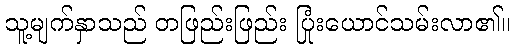
သူ့မျက်နှာသည် တဖြည်းဖြည်း ပြုံးယောင်သမ်းလာ၏။